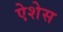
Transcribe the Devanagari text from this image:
ऐशेस